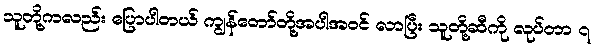
သူတို့ကလည်း ပြောပါတယ် ကျွန်တော်တို့အပါအဝင် လာပြီး သူတို့ဆီကို လုပ်တာ ၇